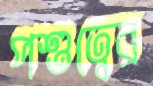
পশুত্বের